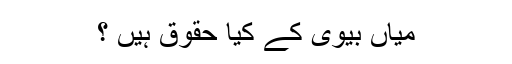
میاں بیوی کے کیا حقوق ہیں ؟